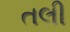
તલી